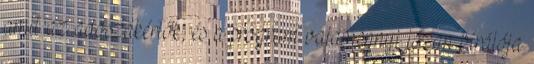
amit az adószakértők, és a program valamennyi józan bírálója